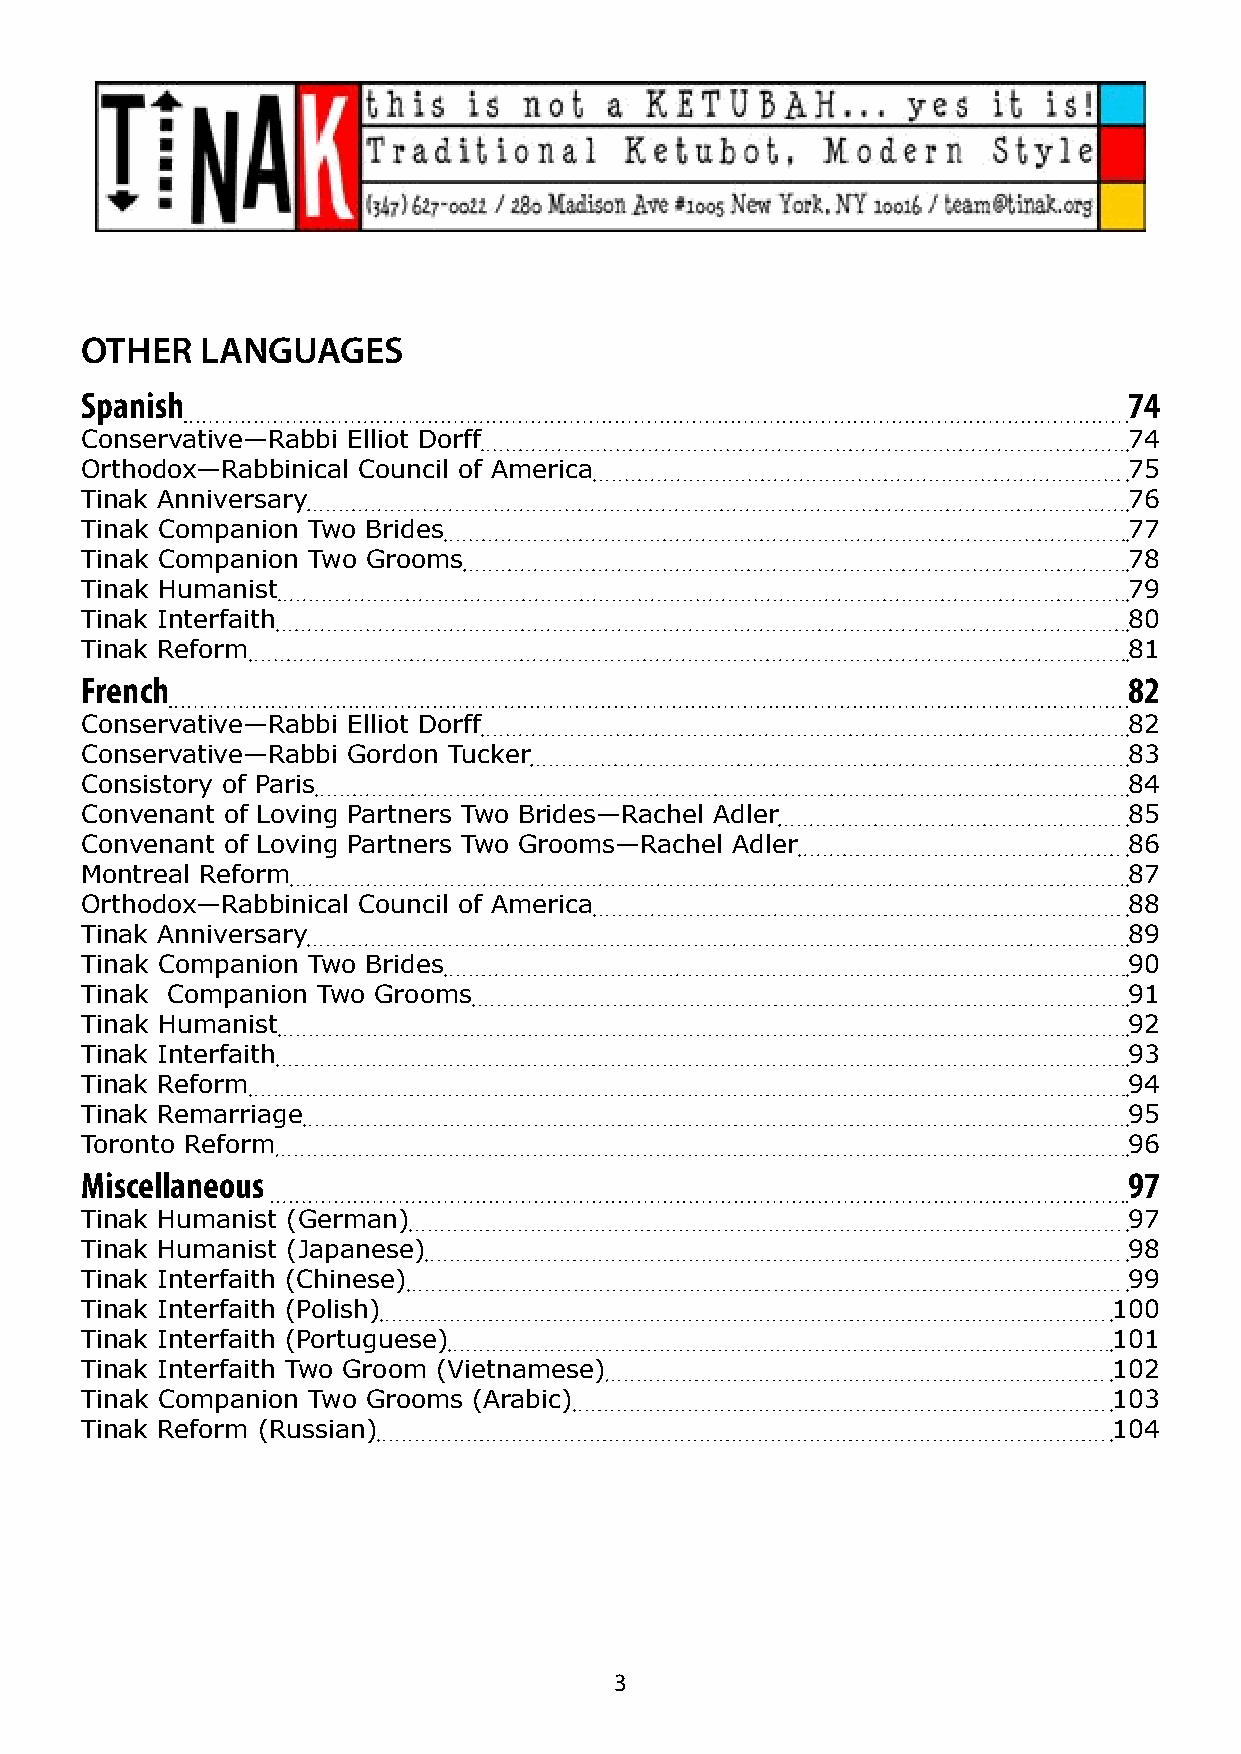
OTHeR   LanGUaGes
 Spanish                                                               74
 Conservative—Rabbi Elliot Dorff                                       74
 Orthodox—Rabbinical Council of America                                75
 Tinak Anniversary                                                     76
 Tinak Companion Two Brides                                            77
 Tinak Companion Two Grooms                                            78
 Tinak Humanist                                                        79
 Tinak Interfaith                                                      80
 Tinak Reform                                                          81
 French                                                                82
 Conservative—Rabbi Elliot Dorff                                       82
 Conservative—Rabbi Gordon Tucker                                      83
 Consistory of Paris                                                   84
 Convenant of Loving Partners Two Brides—Rachel Adler                  85
 Convenant of Loving Partners Two Grooms—Rachel Adler                  86
 Montreal Reform                                                       87
 Orthodox—Rabbinical Council of America                                88
 Tinak Anniversary                                                     89
 Tinak Companion Two Brides                                            90
 Tinak Companion Two Grooms                                            91
 Tinak Humanist                                                        92
 Tinak Interfaith                                                      93
 Tinak Reform                                                          94
 Tinak Remarriage                                                      95
 Toronto Reform                                                        96
 Miscellaneous                                                         97
 Tinak Humanist (German)                                               97
 Tinak Humanist (Japanese)                                             98
 Tinak Interfaith (Chinese)                                            99
 Tinak Interfaith (Polish)                                            100
 Tinak Interfaith (Portuguese)                                        101
 Tinak Interfaith Two Groom (Vietnamese)                              102
 Tinak Companion Two Grooms (Arabic)                                  103
 Tinak Reform (Russian)                                               104
 3